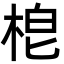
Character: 梎